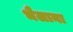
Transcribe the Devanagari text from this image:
भैलाना